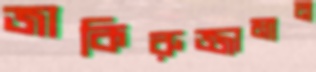
জাকিরুজ্জামান